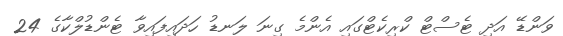
ވަންޑޭ އަދި ޓެސްޓް ކްރިކެޓްގައި އެންމެ ގިނަ ލަނޑު ހަދައިފައިވާ ޓެންޑުލްކާގެ 24